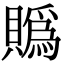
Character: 䞈